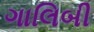
ગાલિબી